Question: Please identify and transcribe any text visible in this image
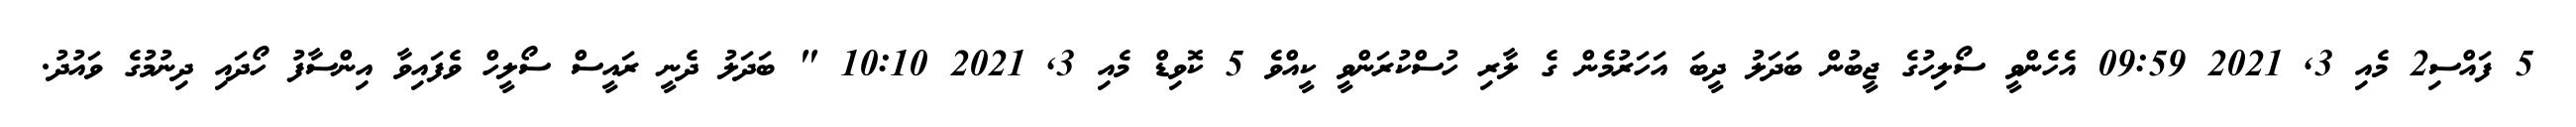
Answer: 5 ފައްސި2 މެއި 3, 2021 09:59 އެހެންވީ ސޯލިހުގެ ޖީބުން ބަދަލު ދީބަ އަހަރުމެން ގެ ލާރި ހުސްކުރަންވީ ކީއްވެ 5 ކޮވިޑް މެއި 3, 2021 10:10 " ބަދަލު ދެނީ ރައީސް ސޯލީހް ވެފައިވާ އިންސާފު ހޯދައި ދިނުމުގެ ވައުދު.